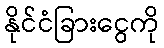
နိုင်ငံခြားငွေကို